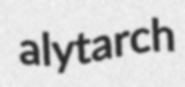
alytarch